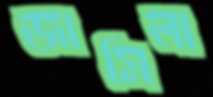
জামিলা